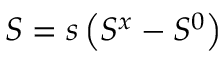
S = s \left( S ^ { x } - S ^ { 0 } \right)